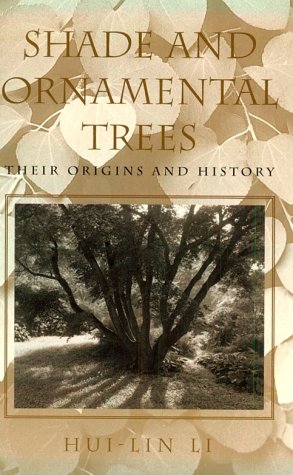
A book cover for Shade and Ornamental Trees: Their Origins and History; Hui-Lin Li; Crafts, Hobbies & Home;